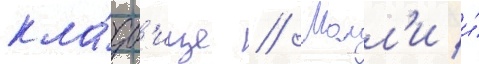
кла́дб'ище // Молл'и и́